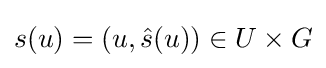
s(u)=(u,{\hat {s}}(u))\in U\times G